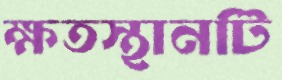
ক্ষতস্থানটি